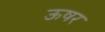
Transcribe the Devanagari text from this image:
ऊषर